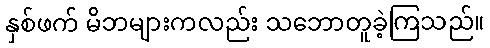
နှစ်ဖက် မိဘများကလည်း သဘောတူခဲ့ကြသည်။